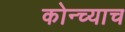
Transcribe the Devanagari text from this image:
कोन्च्याच